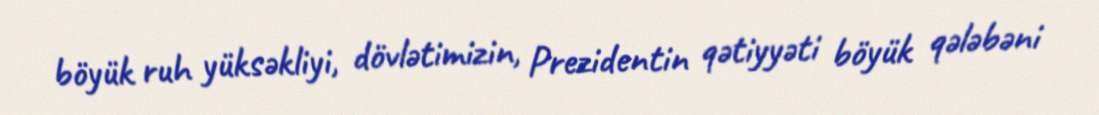
böyük ruh yüksəkliyi, dövlətimizin, Prezidentin qətiyyəti böyük qələbəni